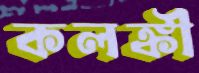
কলঙ্কী